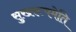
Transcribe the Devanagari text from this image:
सुखरूपमेति